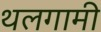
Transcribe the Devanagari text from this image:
थलगामी